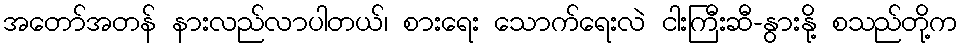
အတော်အတန် နားလည်လာပါတယ်၊ စားရေး သောက်ရေးလဲ ငါးကြီးဆီ-နွားနို့ စသည်တို့က